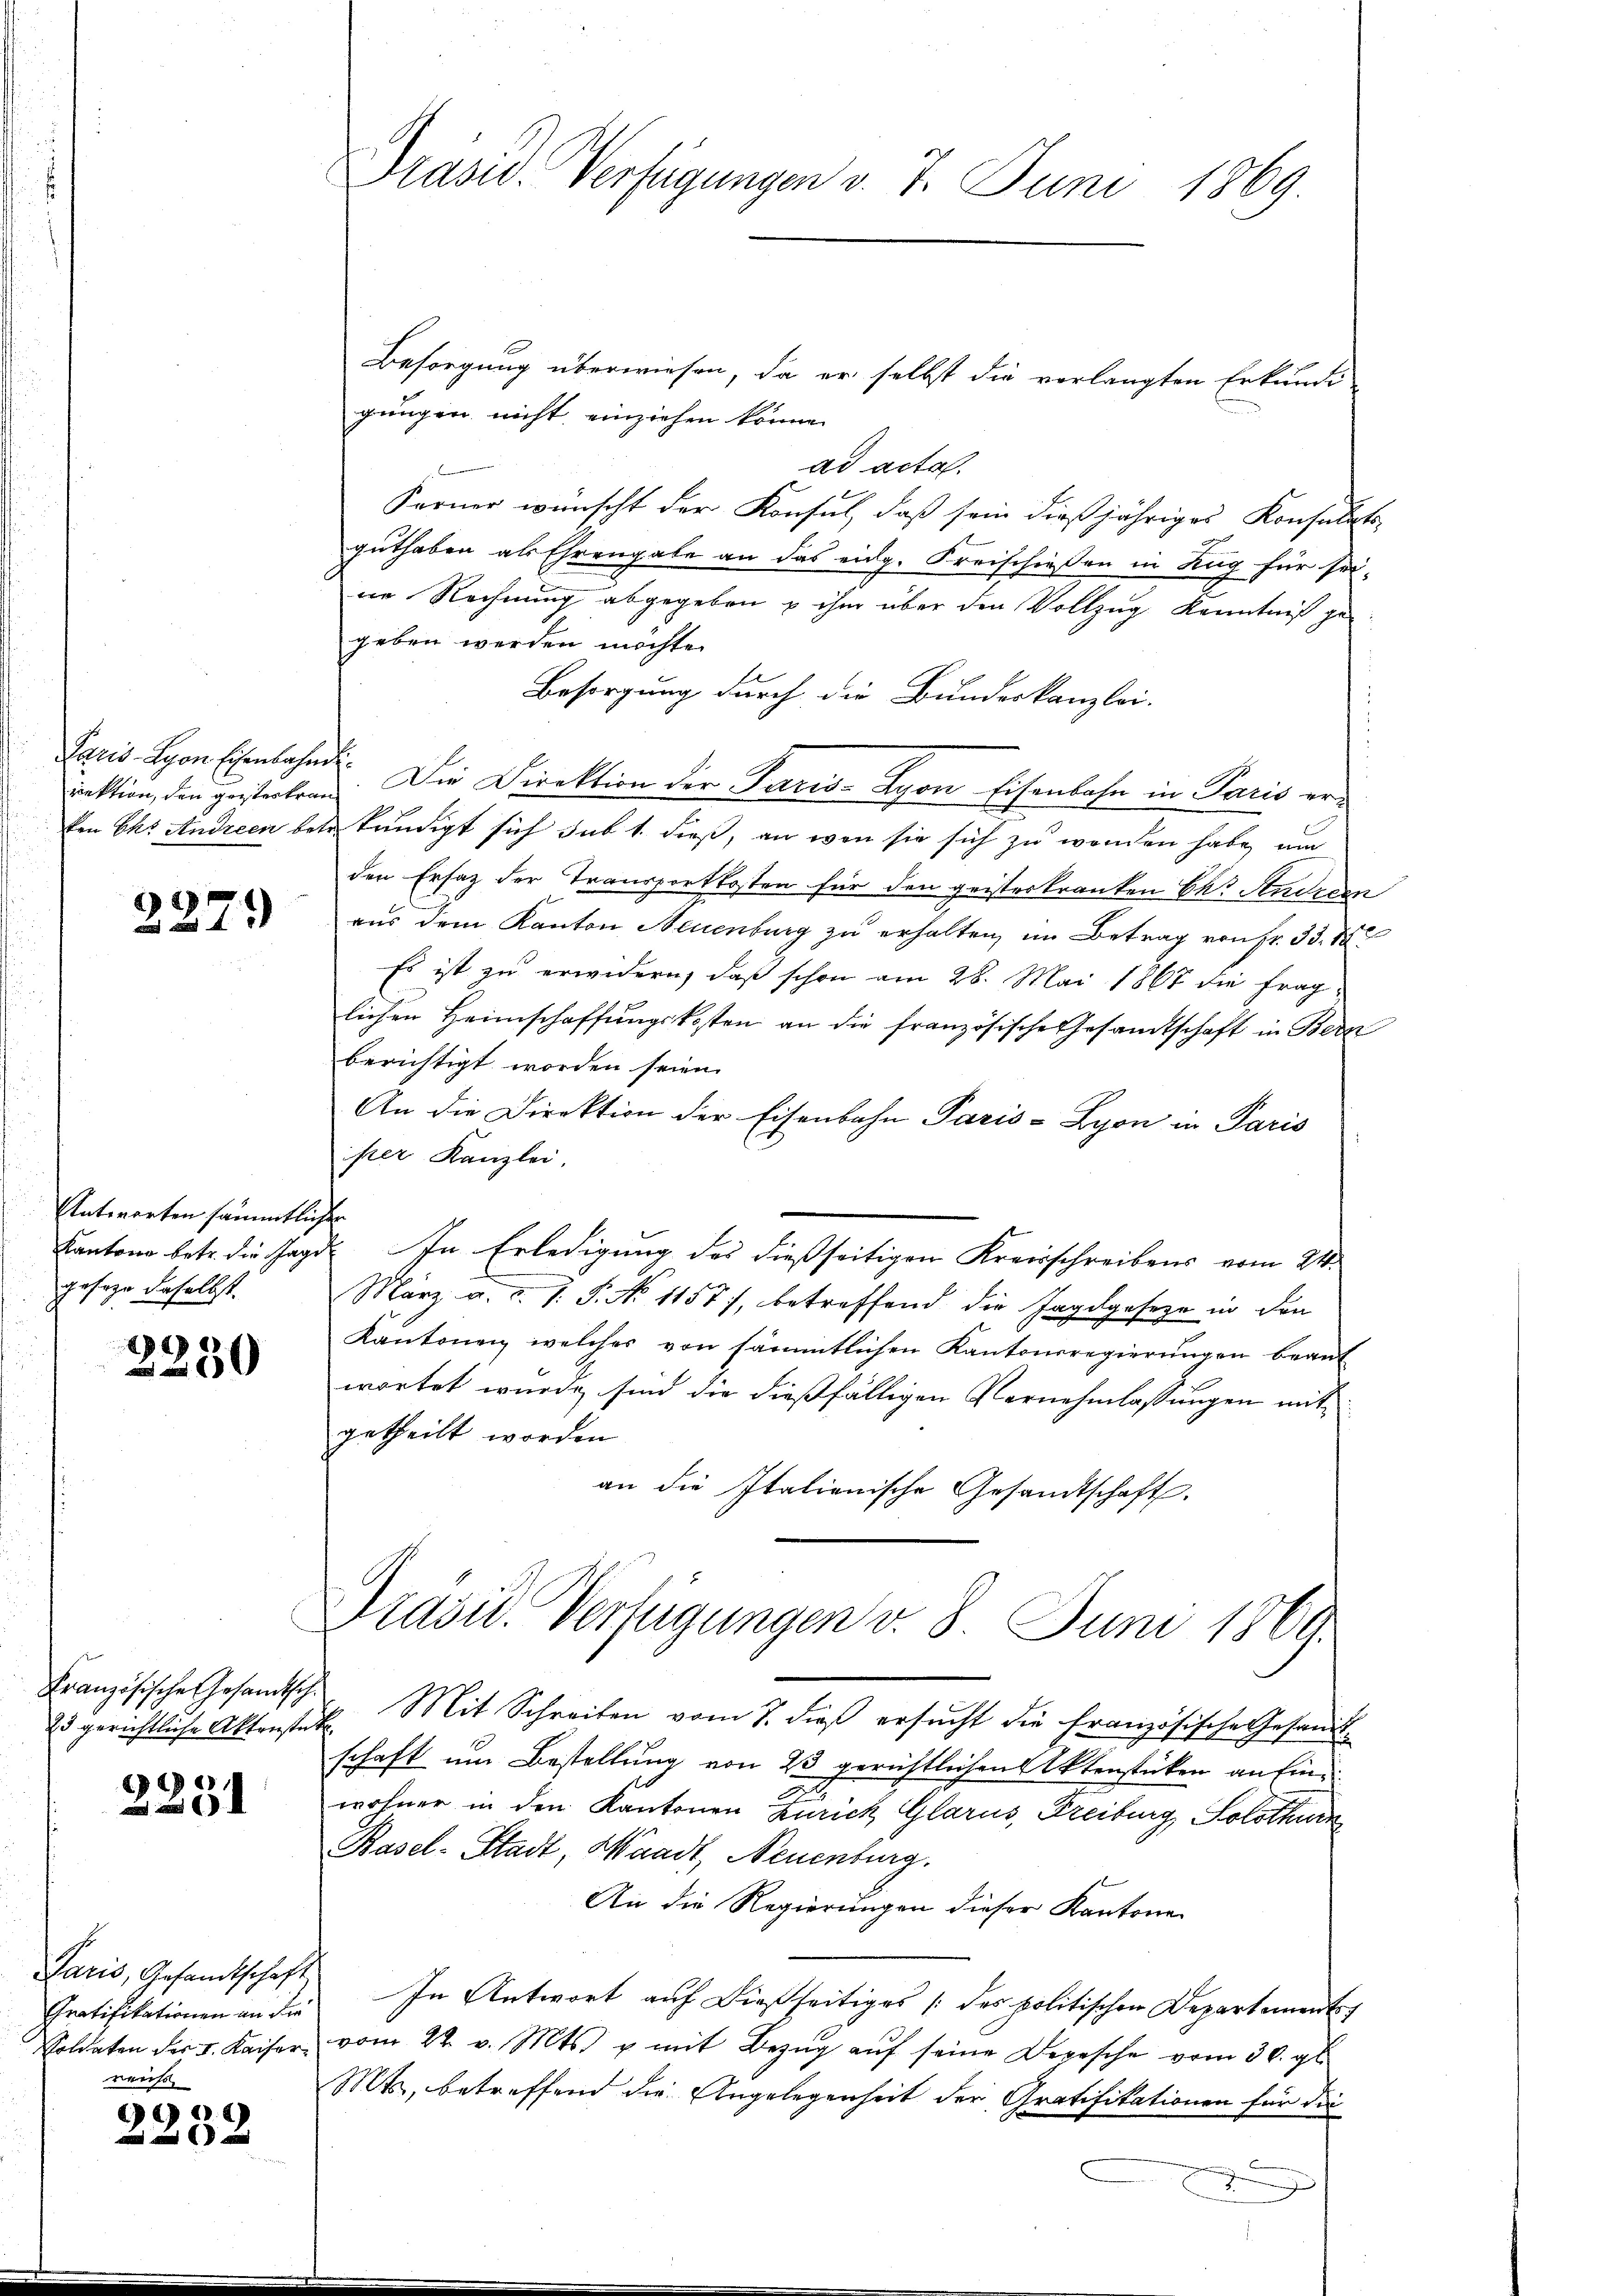
rektion, den geisteskran¬

2279

Antworten sämmtlichen
geseze daselbst.

2
00

25 gerichtliche Aktenstat

1
I

Paris, Gesandtschaft
reichs

9

Präsid. Verfügungen v. 7. Juni 1869

Besorgung überwiesen, da er selbst die verlangten Erkundi
gungen nicht einziehen könne.
ad acta.
Ferner wünscht der Konsul, daß sein dießjähriges Konsulats-
guthaben als Ehrengabe an das eidg. Kreischießen in Zug für sei-
ne Rechnung abgegeben & ihm über den Vollzug Kenntniß ge
geben werden möchte.
Besorgung durch die Bundeskanzlei-
Paris Lyon Eisenbahnde. Die Direktion der Land-Avon Eisenbahn in Paris erken Chr. Andreen betr. kundigt sich sub 1. dieß, an wen sie sich zu werden habe, um
den Ersatz der Transportkosten für den geisterkranken kk. Studien
aus dem Kanton Neuenburg zu erhalten, im Betrag von Fr. 33. 75
Es ist zu erwidern, daß schon am 28. Mai 1867 die fraglichen Heimschaffungskosten an die französische Gesandtschaft in Bern
berichtigt worden seien.
An die Direktion der Eisenbahn Paris - Lyon in Paris
ister Kanzlei.
Cantone betr. die Jagd- In Erledigung des dießseitigen Kreisschreibens vom 24.
März a. u. s. S. No 1157), betreffend die Jagdgesetze in den
Kantonen welches von sämmtlichen Kantonsregierŭngen beant
wortet wurde, sind die dießfälligen Vernehmlassungen mit
getheilt worden.
an die Italienische Gesandtschaft.
Präsid. Verfügungen v. 8. Juni 1860.

Französische Gesamtsch. Mit Schreiben vom 7. dieβ ersŭcht die Französische Gesandt-
schaft um Bestellung von 23 gerichtlichen Aktenstücken an Einwohner in den Kantonen Zürich Glarus, Freiburg, Solothurn de
Basel-Stadt, Waadt, Neuenburg.
An die Regierungen dieser Kantone
Gratifikationen an die In Antwort auf dießseitiges (des politischen Departements
Soldaten der v. Kaiser vom 22. v. Mts. u mit Bezŭg aŭf seine Depesche vom 30. gl.
Mts, betreffend die Angelegenheit der Gratifikationen für die